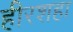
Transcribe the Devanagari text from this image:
हीरशहा